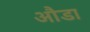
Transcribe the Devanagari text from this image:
औडा